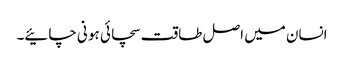
انسان میں اصل طاقت سچائی ہو نی چائیے۔